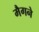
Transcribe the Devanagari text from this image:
मैगने